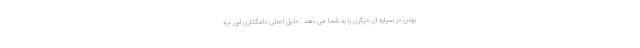
بودن در سیاره ای دیگری را به شما می دهد . دلیل اصلی نامگذاری این دره